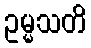
ဥမ္မသတိ